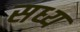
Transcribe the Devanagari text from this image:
सध्य